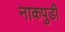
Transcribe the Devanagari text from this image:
नाकपुडी